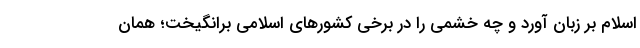
اسلام بر زبان آورد و چه خشمی را در برخی کشورهای اسلامی برانگیخت؛ همان